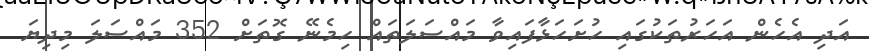
އަދި އެހެން އަހަރުތަކުގައި ހުށަހަޅާފައިވާ މައްސަލަތައް ހިމެނޭ ގޮތަށް 352 މައްސަލަ މިދިޔަ